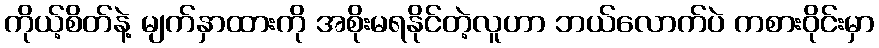
ကိုယ့်စိတ်နဲ့ မျက်နှာထားကို အစိုးမရနိုင်တဲ့လူဟာ ဘယ်လောက်ပဲ ကစားဝိုင်းမှာ